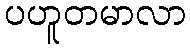
ပဟူတမာလာ